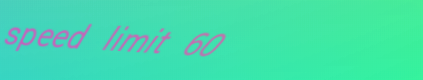
speed limit 60